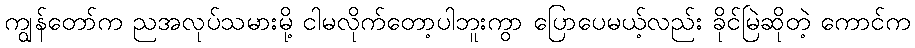
ကျွန်တော်က ညအလုပ်သမားမို့ ငါမလိုက်တော့ပါဘူးကွာ ပြောပေမယ့်လည်း ခိုင်မြဲဆိုတဲ့ ကောင်က